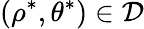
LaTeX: (\rho^{\ast},\theta^{\ast})\in\mathcal{D}